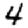
Digit: 4